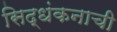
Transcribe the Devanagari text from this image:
सिद्धंकनाची